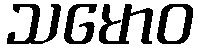
သမောဝ